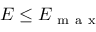
E \le E _ { \mathrm { ~ m ~ a ~ x ~ } }